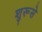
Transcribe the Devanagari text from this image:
शुरूसे